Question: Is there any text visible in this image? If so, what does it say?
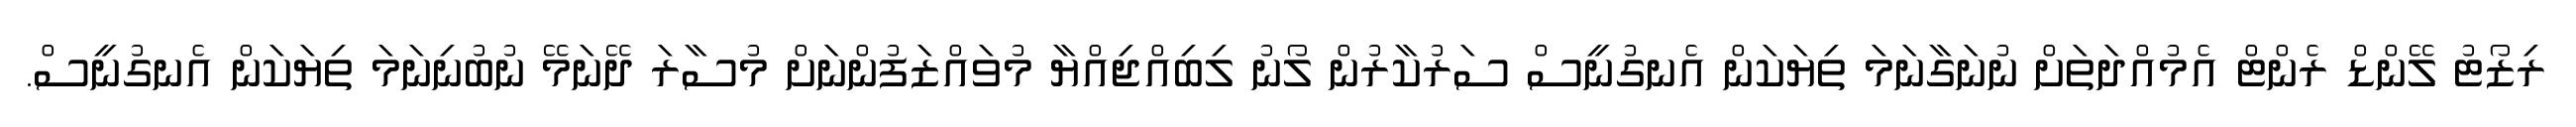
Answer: ރިޒޯޓު ލޭންޑް ރެންޓް އެމުއްދަތަށް ނުނަގާނަމަ ތިޔަކަން އެނގުނީސް ސަރުކާރުން ލޯނު ލިބިއްޖިއްޔާ މުވައްޒަފުންނަށް މުސާރަ ދޭނަމޭ ނުބުނިނަމަ ތިޔަކަން އެނގުނީސް.